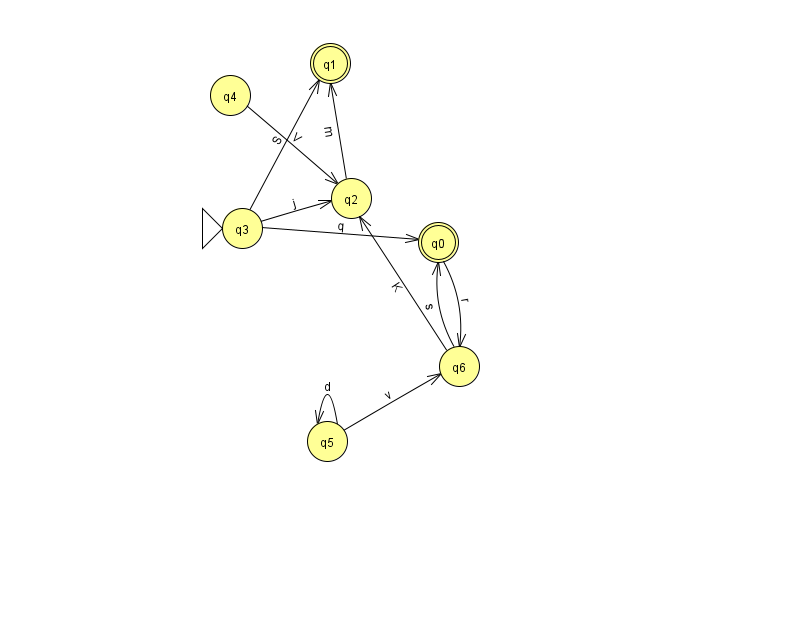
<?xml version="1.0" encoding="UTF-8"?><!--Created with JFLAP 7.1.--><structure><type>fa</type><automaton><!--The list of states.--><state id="0" name="q0"><x>438.0</x><y>229.0</y><final/></state><state id="1" name="q1"><x>330.0</x><y>50.0</y><final/></state><state id="2" name="q2"><x>351.0</x><y>185.0</y></state><state id="3" name="q3"><x>242.0</x><y>215.0</y><initial/></state><state id="4" name="q4"><x>230.0</x><y>82.0</y></state><state id="5" name="q5"><x>327.0</x><y>428.0</y></state><state id="6" name="q6"><x>459.0</x><y>353.0</y></state><!--The list of transitions.--><transition><from>5</from><to>5</to><read>d</read></transition><transition><from>5</from><to>6</to><read>v</read></transition><transition><from>6</from><to>2</to><read>K</read></transition><transition><from>3</from><to>0</to><read>q</read></transition><transition><from>2</from><to>1</to><read>m</read></transition><transition><from>3</from><to>1</to><read>S</read></transition><transition><from>0</from><to>6</to><read>r</read></transition><transition><from>3</from><to>2</to><read>j</read></transition><transition><from>4</from><to>2</to><read>V</read></transition><transition><from>6</from><to>0</to><read>s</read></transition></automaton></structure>